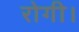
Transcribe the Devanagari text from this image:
रोगी।